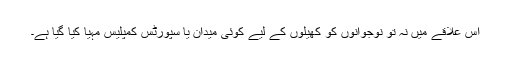
اس علاقے میں نہ تو نوجوانوں کو کھیلوں کے لیے کوئی میدان یا سپورٹس کمپلیس مہیا کیا گیا ہے۔